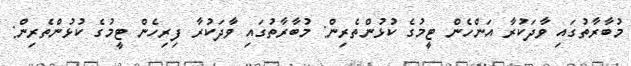
މުބާރާތުގައި ވާދަކުރާ އަންހެން ޓީމުގެ ކުޅުންތެރިން: މުބާރާތުގައި ވާދަކުރާ ފިރިހެން ޓީމުގެ ކުޅުންތެރިން: